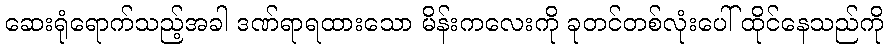
ဆေးရုံရောက်သည့်အခါ ဒဏ်ရာရထားသော မိန်းကလေးကို ခုတင်တစ်လုံးပေါ် ထိုင်နေသည်ကို